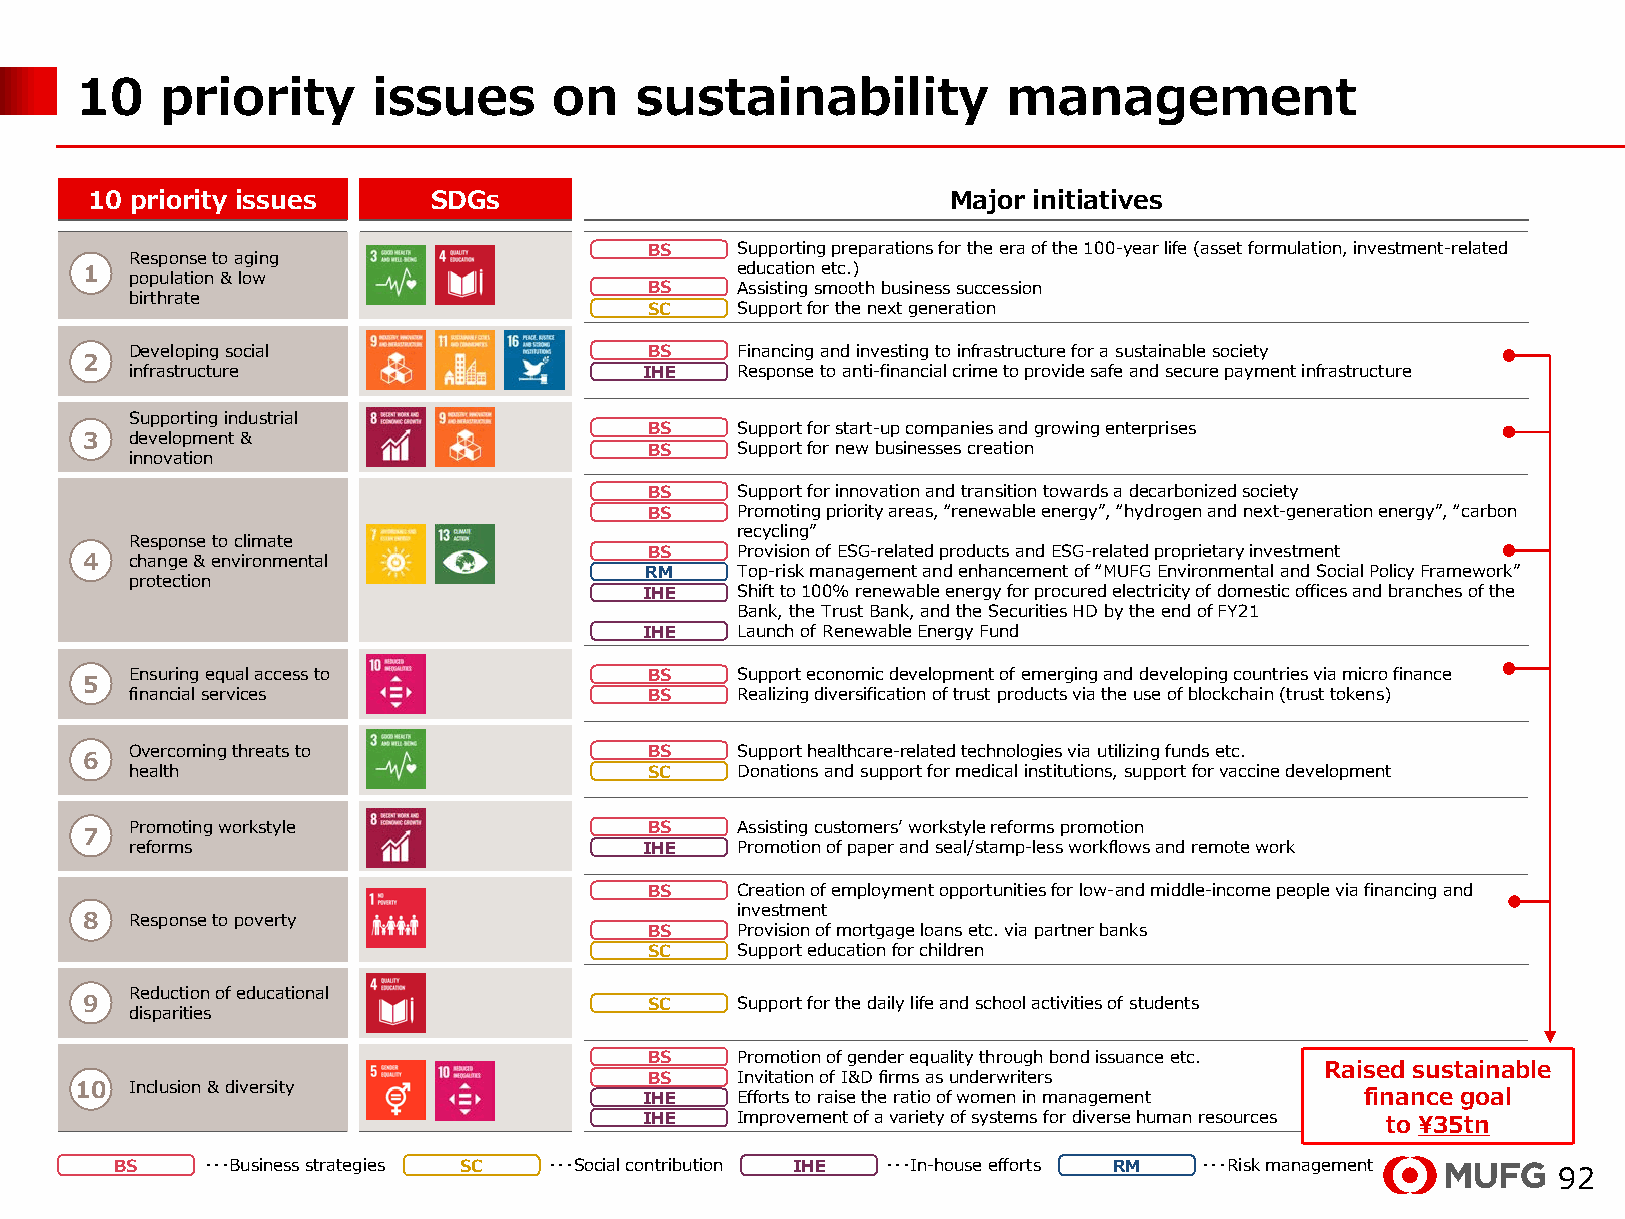
10    priority      issues      on   sustainability           management
 10 priority issues     SDGs                              Major initiatives
 BS  • Supporting preparations for the era of the 100-year life (asset formulation, investment-related
 Response to aging
 1   population & low                        education etc.)
 BS  • Assisting smooth business succession
 birthrate
 SC  • Support for the next generation
 Developing social                 BS  • Financing and investing to infrastructure for a sustainable society
 2
 infrastructure                    IHE • Response to anti-financial crime to provide safe and secure payment infrastructure
 Supporting industrial
 BS  • Support for start-up companies and growing enterprises
 3   development &
 BS  • Support for new businesses creation
 innovation
 BS  • Support for innovation and transition towards a decarbonized society
 BS  • Promoting priority areas, “renewable energy”, “hydrogen and next-generation energy”, “carbon
 recycling”
 Response to climate
 BS  • Provision of ESG-related products and ESG-related proprietary investment
 4   change & environmental
 RM  • Top-risk management and enhancement of “MUFG Environmental and Social Policy Framework”
 protection
 IHE • Shift to 100% renewable energy for procured electricity of domestic offices and branches of the
 Bank, the Trust Bank, and the Securities HD by the end of FY21
 IHE • Launch of Renewable Energy Fund
 Ensuring equal access to          BS  • Support economic development of emerging and developing countries via micro finance
 5
 financial services                BS  • Realizing diversification of trust products via the use of blockchain (trust tokens)
 Overcoming threats to             BS  • Support healthcare-related technologies via utilizing funds etc.
 6
 health                            SC  • Donations and support for medical institutions, support for vaccine development
 Promoting workstyle               BS  • Assisting customers’ workstyle reforms promotion
 7
 reforms                           IHE • Promotion of paper and seal/stamp-less workflows and remote work
 BS  • Creation of employment opportunities for low-and middle-income people via financing and
 investment
 8   Response to poverty
 BS  • Provision of mortgage loans etc. via partner banks
 SC  • Support education for children
 Reduction of educational
 9                                     SC  • Support for the daily life and school activities of students
 disparities
 BS  • Promotion of gender equality through bond issuance etc.
 Raised sustainable
 BS  • Invitation of I&D firms as underwriters
 10  Inclusion & diversity             IHE • Efforts to raise the ratio of women in management finance goal
 IHE • Improvement of a variety of systems for diverse human resources to ¥35tn
 BS   ・・・Business strategies SC ・・・Social contribution IHE ・・・In-house efforts RM ・・・Risk management
 92